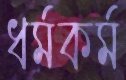
ধর্মকর্ম